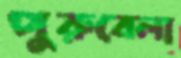
পুরুবেলা